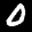
Label: 0